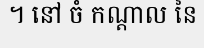
។ នៅ ចំ កណ្តាល នៃ